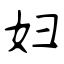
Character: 妇